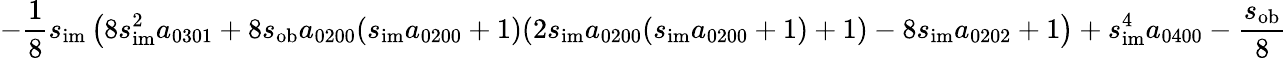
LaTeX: -\frac{1}{8}s_{\mathrm{im}}\left(8s_{\mathrm{im}}^{2}a_{0301}+8s_{\mathrm{ob}}a_{0200}(s_{\mathrm{im}}a_{0200}+1)(2s_{\mathrm{im}}a_{0200}(s_{\mathrm{im}}a_{0200}+1)+1)-8s_{\mathrm{im}}a_{0202}+1\right)+s_{\mathrm{im}}^{4}a_{0400}-\frac{s_{\mathrm{ob}}}{8}